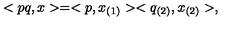
< p q , x > = < p , x _ { ( 1 ) } > < q _ { ( 2 ) } , x _ { ( 2 ) } > ,